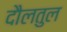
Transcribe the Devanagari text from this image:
दौलतुल